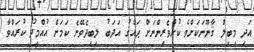
އަދި މިބިލް ޤާނޫނަކަށްވެ ކުށްވެރިންނަށް ޙައްޤު އަދަބު ލިބިދެވޭނެ ކަމަށް އުއްމީދު ކުރައްވާ